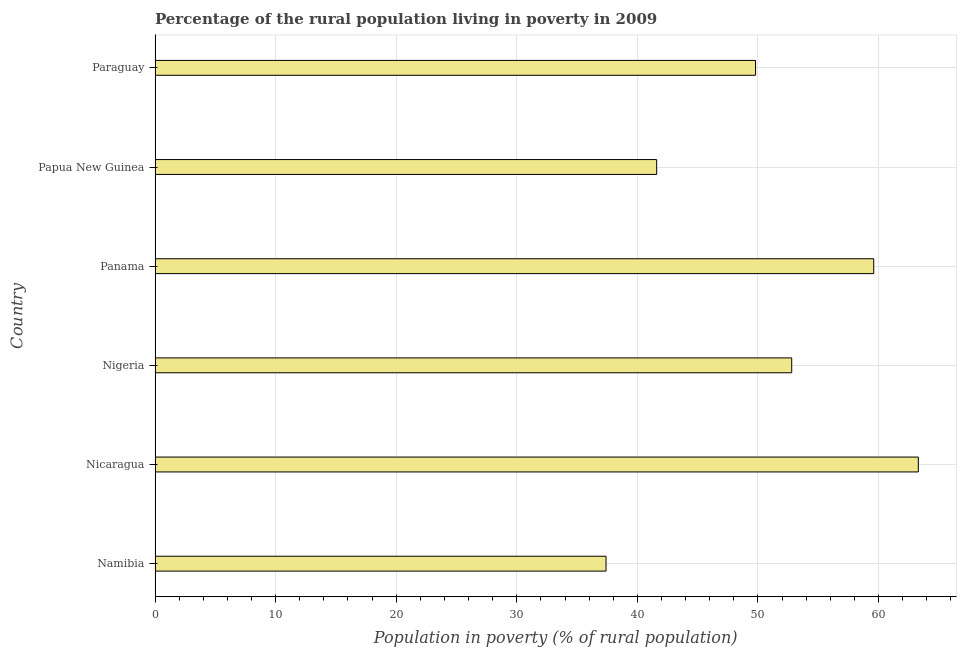
| Country | Rural poverty headcount ratio |
 | --- | --- |
 | Namibia | 37.4 |
 | Nicaragua | 63.3 |
 | Nigeria | 52.8 |
 | Panama | 59.6 |
 | Papua New Guinea | 41.6 |
 | Paraguay | 49.8 |